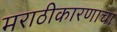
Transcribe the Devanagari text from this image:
मराठीकारणाचा